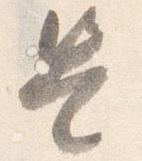
是